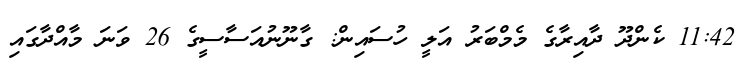
11:42 ކެންދޫ ދާއިރާގެ މެމްބަރު އަލީ ހުސައިން: ގާނޫނުއަސާސީގެ 26 ވަނަ މާއްދާގައި